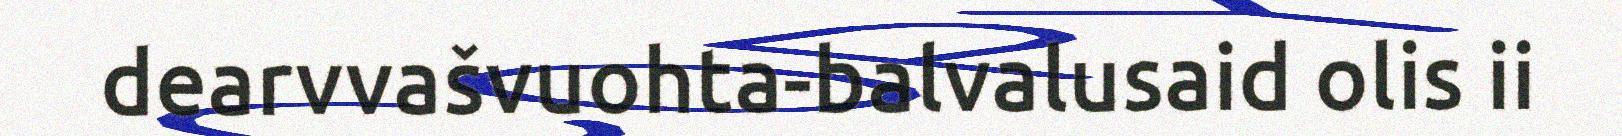
dearvvašvuohta-balvalusaid olis ii